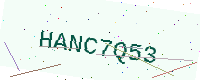
Text: HANC7Q53